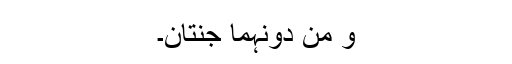
وَ مِنْ دُونِہِما جَنَّتانِ۔